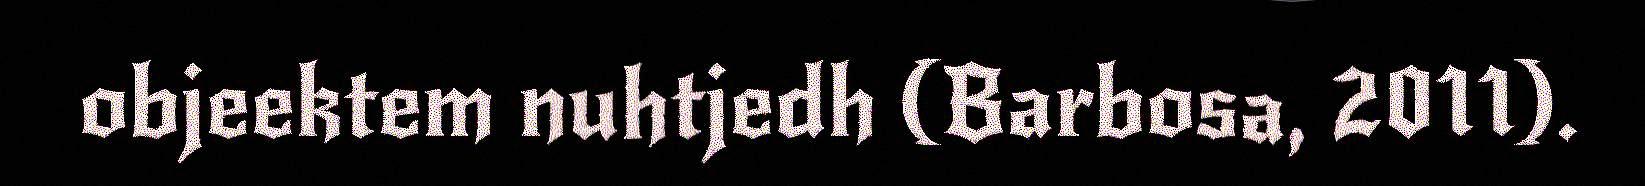
objeektem nuhtjedh (Barbosa, 2011).